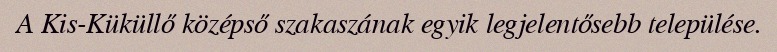
A Kis-Küküllő középső szakaszának egyik legjelentősebb települése.